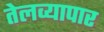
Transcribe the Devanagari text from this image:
तेलव्यापार